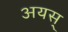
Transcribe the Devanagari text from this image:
अयस्‌